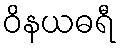
ဝိနယဓရီ